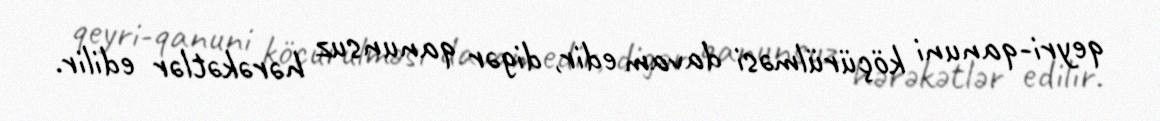
qeyri-qanuni köçürülməsi davam edir, digər qanunsuz hərəkətlər edilir.